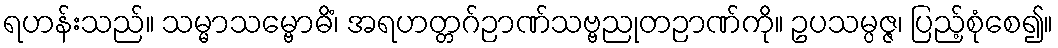
ရဟန်းသည်။ သမ္မာသမ္ဗောဓိံ၊ အရဟတ္တဂ်ဉာဏ်သဗ္ဗညုတဉာဏ်ကို။ ဥပသမ္ပဇ္ဇ၊ ပြည့်စုံစေ၍။